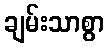
ချမ်းသာစွာ